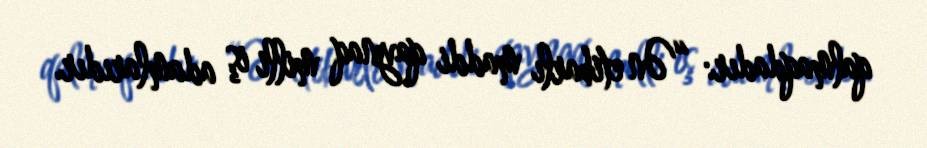
qalmaqdadır: “Ən etibarlı maddi qaynaq milli iş adamlarıdır.